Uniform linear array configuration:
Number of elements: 24
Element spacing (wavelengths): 1
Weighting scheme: kaiser
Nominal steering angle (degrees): -60
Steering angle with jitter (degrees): -58.292
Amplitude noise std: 0.05
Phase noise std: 0.05

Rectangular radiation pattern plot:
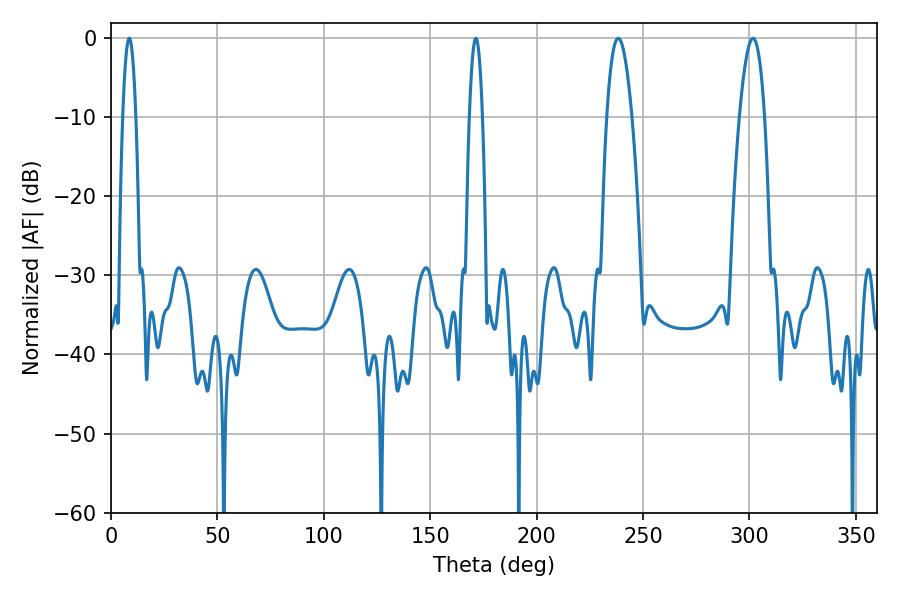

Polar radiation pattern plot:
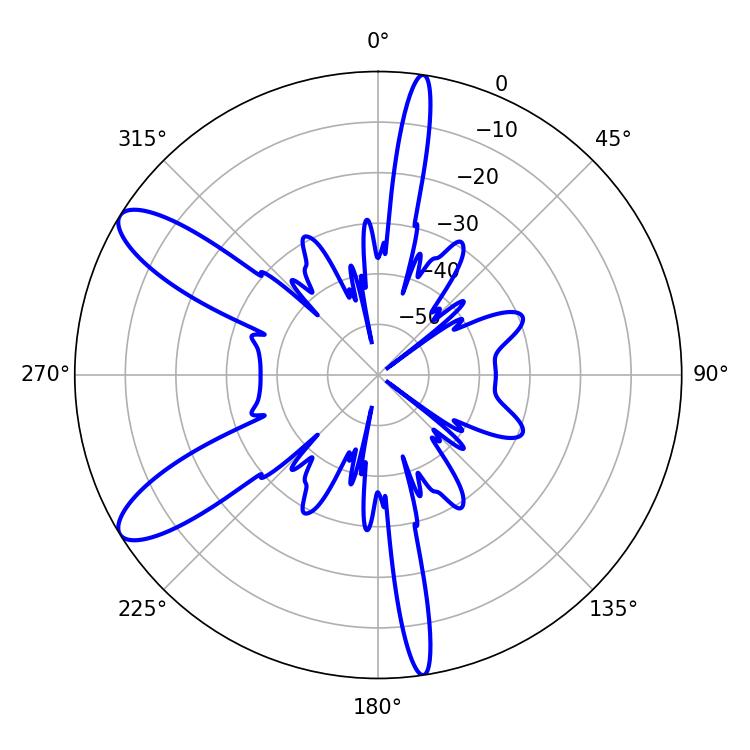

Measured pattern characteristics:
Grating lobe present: TRUE
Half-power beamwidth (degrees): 6.48
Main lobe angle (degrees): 238.32